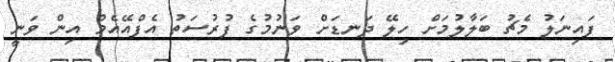
ފައިނަލު މެޗު ބަލާލުމަށް ހިލޭ ދަނޑަށް ވަނުމުގެ ފުރުސަތު އެފްއޭއެމް އިން ވަނީ